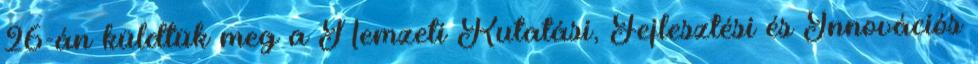
26-án küldtük meg a Nemzeti Kutatási, Fejlesztési és Innovációs